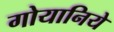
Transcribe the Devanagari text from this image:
गोयानिये